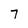
Character: 7